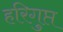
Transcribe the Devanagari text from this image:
हरिगुप्त